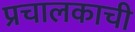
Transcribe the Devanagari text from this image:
प्रचालकाची